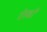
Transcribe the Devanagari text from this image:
रोस्कों